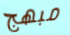
مبهج